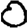
Digit: 0